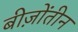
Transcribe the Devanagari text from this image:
बीज़ोंतीन